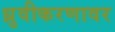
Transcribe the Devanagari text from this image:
ध्रुवीकरणावर